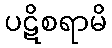
ပဋိစရာမိ